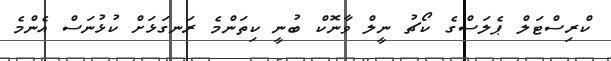
ކްރިސްޓަލް ޕެލަސްގެ ކޯޗު ނީލް ވާނޮކް ބުނީ ކިތަންމެ ރަނގަޅަށް ކުޅުނަސް އެންމެ